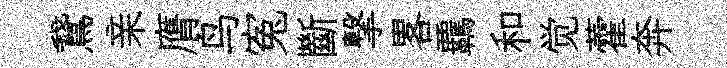
鵞亲膺鸟寃斷撃畧覊和觉藿奔